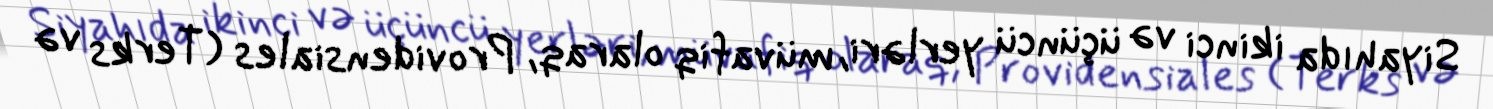
Siyahıda ikinci və üçüncü yerləri, müvafiq olaraq, Providensiales (Terks və